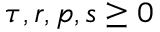
\tau , r , p , s \geq 0